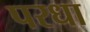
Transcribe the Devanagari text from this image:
परधा